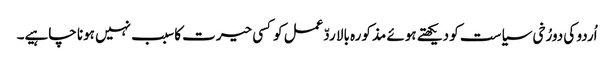
اُردو کی دورُخی سیاست کو دیکھتے ہوئے مذکورہ بالا ردّعمل کوکسی حیرت کا سبب نہیں ہونا چاہیے۔